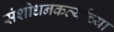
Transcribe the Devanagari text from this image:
संशोधनकर्त्याच्या